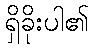
ရှိခိုးပါ၏